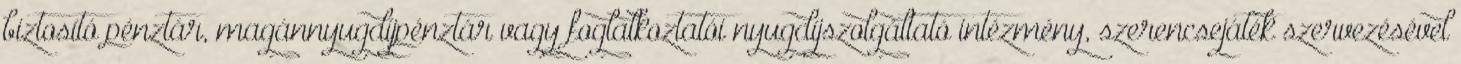
biztosító pénztár, magánnyugdíjpénztár vagy foglalkoztatói nyugdíjszolgáltató intézmény, szerencsejáték szervezésével